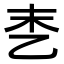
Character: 𪜑